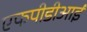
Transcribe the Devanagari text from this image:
एफपीडीआई